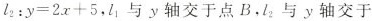
i_{2}:$$y = 2 x + 5$$,l_{1} 与y轴交于点 B，i_{2}$$ }与y轴交于